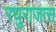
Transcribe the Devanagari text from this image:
रघुराजास